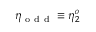
\eta _ { \mathrm { ~ o ~ d ~ d ~ } } \equiv \eta _ { 2 } ^ { o }